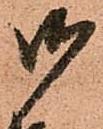
御